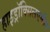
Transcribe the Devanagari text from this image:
हाइड्राॅक्सिलएमीन